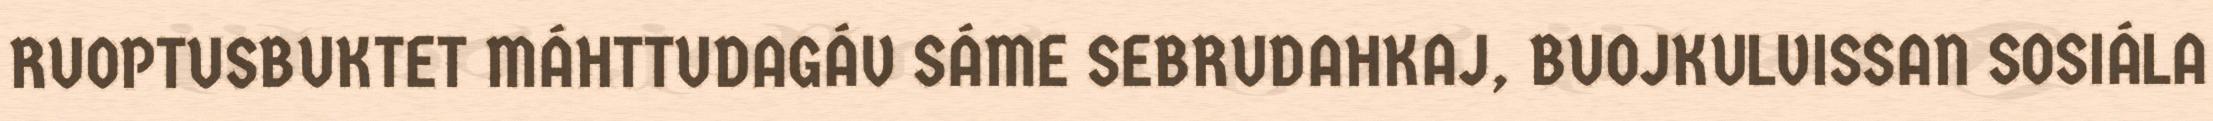
RUOPTUSBUKTET MÁHTTUDAGÁV SÁME SEBRUDAHKAJ, BUOJKULVISSAN SOSIÁLA